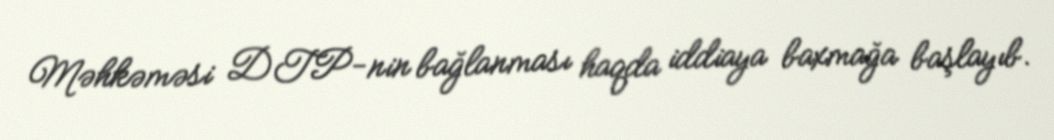
Məhkəməsi DTP-nin bağlanması haqda iddiaya baxmağa başlayıb.